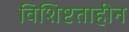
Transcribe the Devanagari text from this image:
विशिष्टताहीन